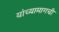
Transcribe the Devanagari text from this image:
यांच्यामागची